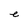
Character: e